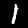
Digit: 1